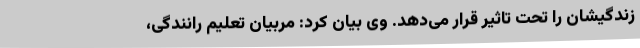
زندگیشان را تحت تاثیر قرار می‌دهد. وی بیان کرد: مربیان تعلیم رانندگی،